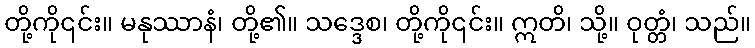
တို့ကို၎င်း။ မနုဿာနံ၊ တို့၏။ သဒ္ဒေစ၊ တို့ကို၎င်း။ ဣတိ၊ သို့။ ဝုတ္တံ၊ သည်။